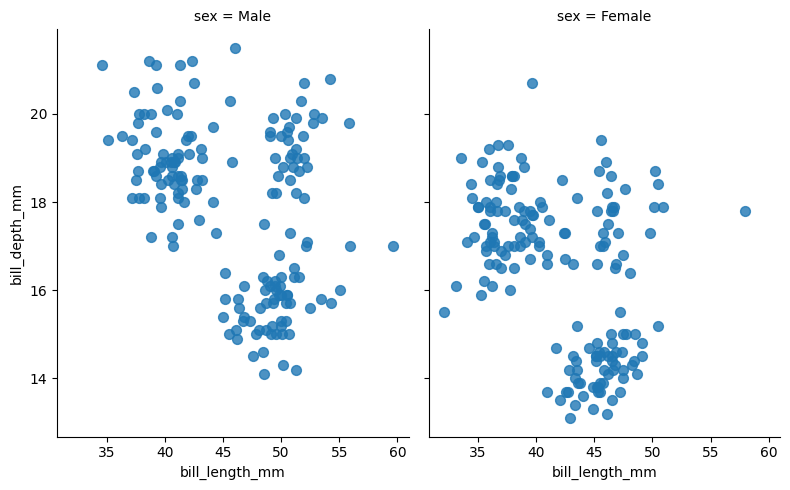
python, seaborn, lmplot, aspect=0.8, order=2, markers='o'